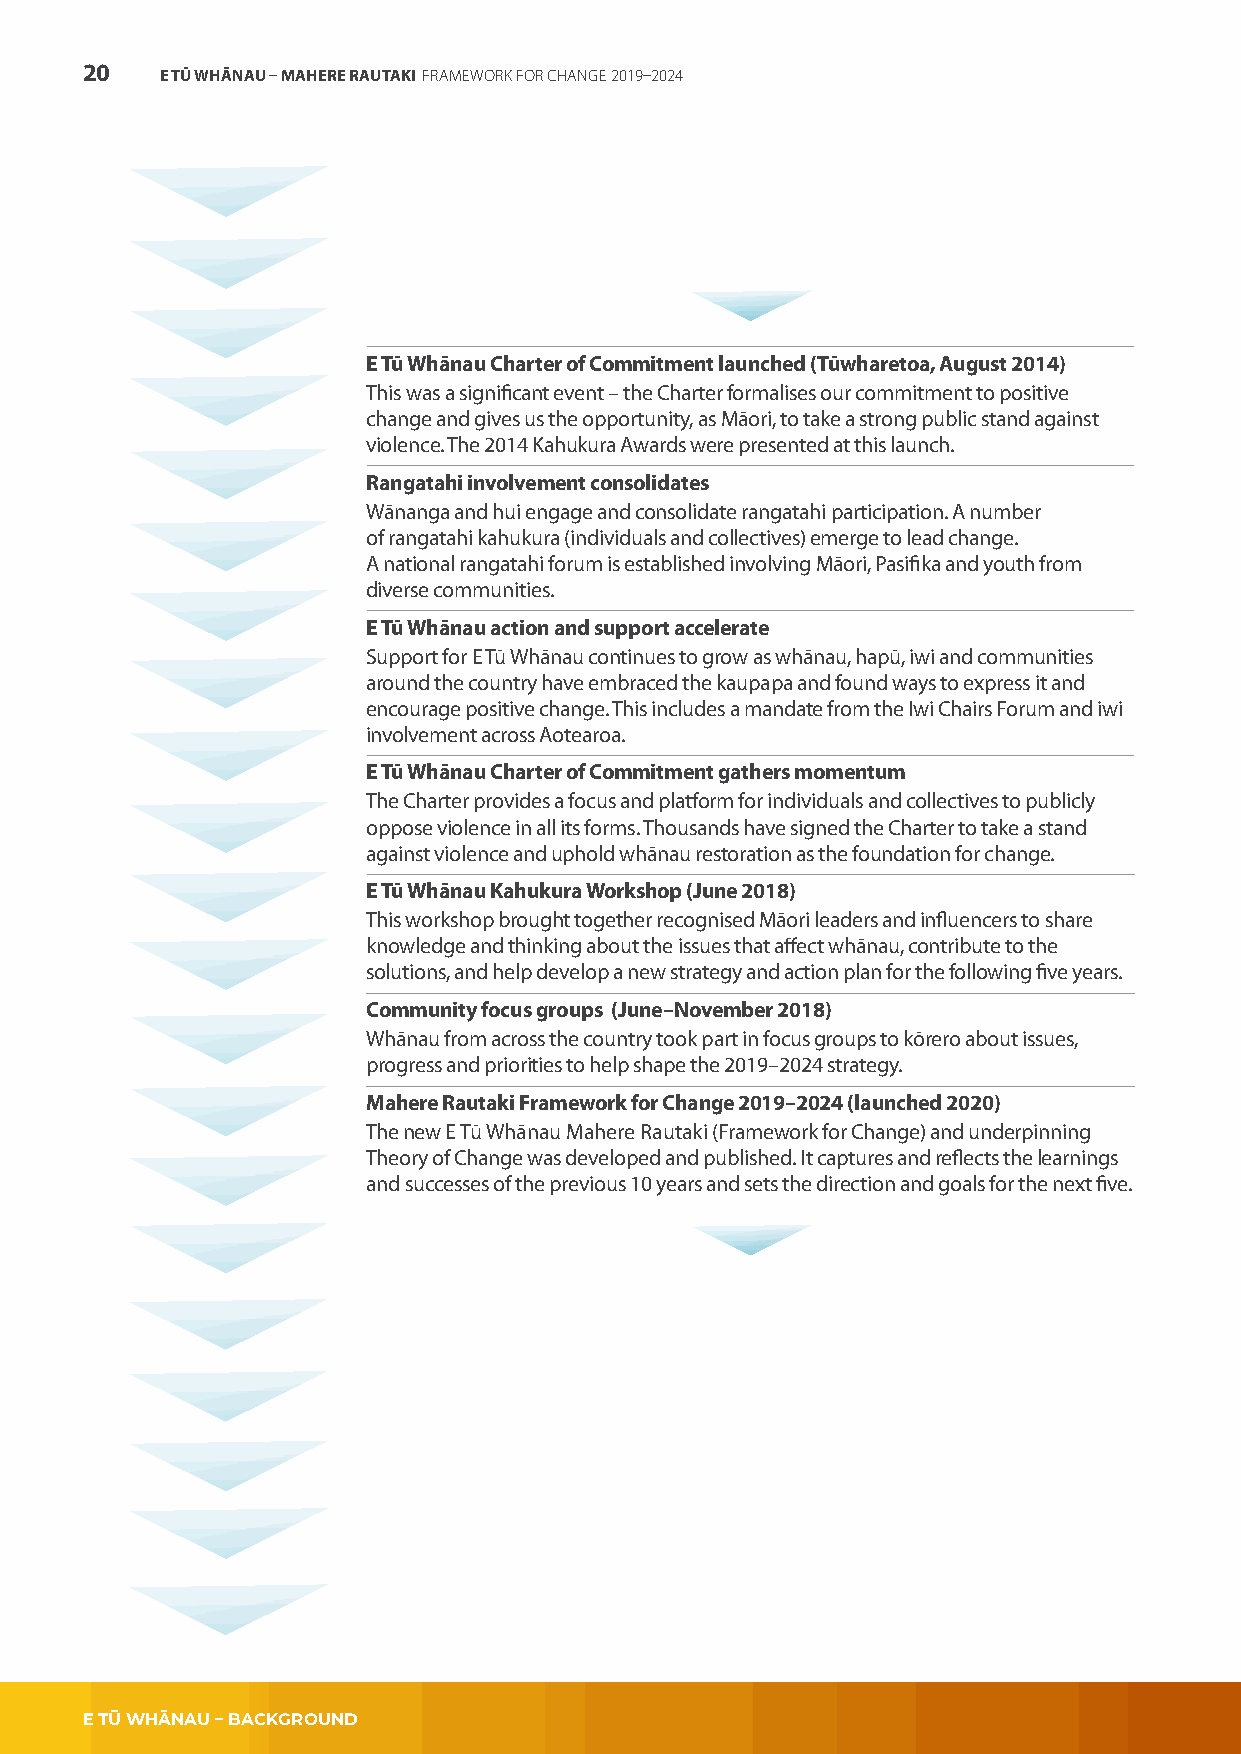
20    E TŪ WHĀNAU – MAHERE RAUTAKI FRAMEWORK FOR CHANGE 2019–2024
 E Tū Whānau Charter of Commitment launched (Tūwharetoa, August 2014)
 This was a significant event – the Charter formalises our commitment to positive
 change and gives us the opportunity, as Māori, to take a strong public stand against
 violence. The 2014 Kahukura Awards were presented at this launch.
 Rangatahi involvement consolidates
 Wānanga and hui engage and consolidate rangatahi participation. A number
 of rangatahi kahukura (individuals and collectives) emerge to lead change.
 A national rangatahi forum is established involving Māori, Pasifika and youth from
 diverse communities.
 E Tū Whānau action and support accelerate
 Support for E Tū Whānau continues to grow as whānau, hapū, iwi and communities
 around the country have embraced the kaupapa and found ways to express it and
 encourage positive change. This includes a mandate from the Iwi Chairs Forum and iwi
 involvement across Aotearoa.
 E Tū Whānau Charter of Commitment gathers momentum
 The Charter provides a focus and platform for individuals and collectives to publicly
 oppose violence in all its forms. Thousands have signed the Charter to take a stand
 against violence and uphold whānau restoration as the foundation for change.
 E Tū Whānau Kahukura Workshop (June 2018)
 This workshop brought together recognised Māori leaders and influencers to share
 knowledge and thinking about the issues that affect whānau, contribute to the
 solutions, and help develop a new strategy and action plan for the following five years.
 Community focus groups (June–November 2018)
 Whānau from across the country took part in focus groups to kōrero about issues,
 progress and priorities to help shape the 2019–2024 strategy.
 Mahere Rautaki Framework for Change 2019–2024 (launched 2020)
 The new E Tū Whānau Mahere Rautaki (Framework for Change) and underpinning
 Theory of Change was developed and published. It captures and reflects the learnings
 and successes of the previous 10 years and sets the direction and goals for the next five.
 E TŪ WHĀNAU – BACKGROUND